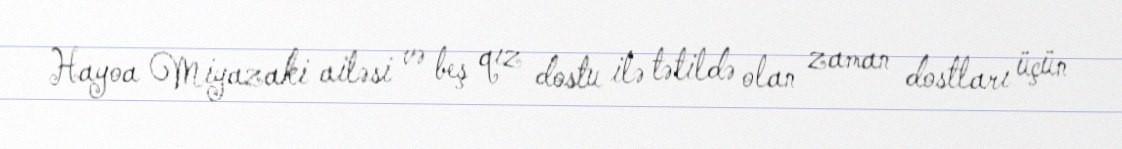
Hayoa Miyazaki ailəsi və beş qız dostu ilə tətildə olan zaman dostları üçün